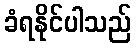
ခံရနိုင်ပါသည်